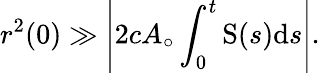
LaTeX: r^{2}(0)\gg\left|2cA_{\circ}\int_{0}^{t}\mathrm{S}(s)\mathrm{d}s\right|.